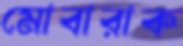
মোবারাক